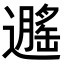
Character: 𬩡